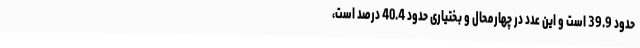
حدود 39.9 است و این عدد در چهارمحال و بختیاری حدود 40.4 درصد است،